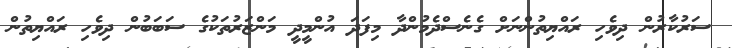
ސަރުކާރުން ދިވެހި ރައްޔިތުންނަށް ގެނެސްދެމުންދާ މިފަދަ އުންމީދީ މަންޒަރުތަކުގެ ސަބަބުން ދިވެހި ރައްޔިތުން